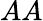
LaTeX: AA